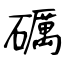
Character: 礪